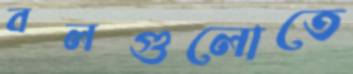
বলগুলোতে